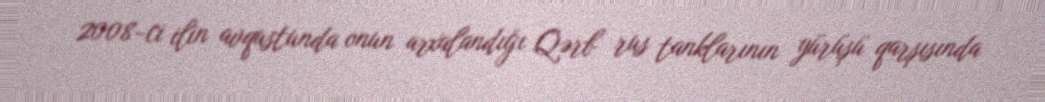
2008-ci ilin avqustunda onun arxalandığı Qərb rus tanklarının yürüşü qarşısında